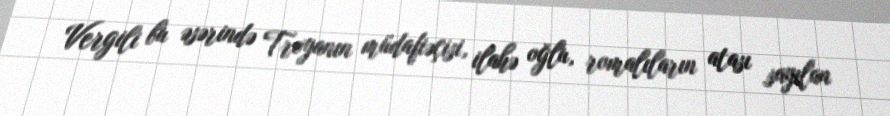
Vergili bu əsərində Troyanın müdafiəçisi, ilahə oğlu, romalıların atası sayılan